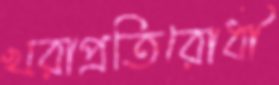
খরাপ্রতিরোধী